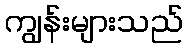
ကျွန်းများသည်